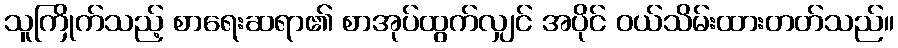
သူကြိုက်သည့် စာရေးဆရာ၏ စာအုပ်ထွက်လျှင် အပိုင် ဝယ်သိမ်းထားတတ်သည်။